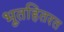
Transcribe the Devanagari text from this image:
भूतहितरत